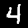
Label: 4